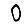
Digit: 0